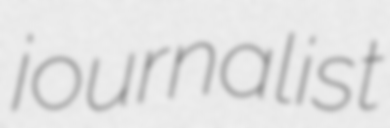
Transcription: journalist